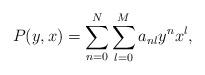
LaTeX: \begin{align*}P(y,x)=\sum^{N}_{n=0}\sum^{M}_{l=0}a_{nl}y^nx^l,\end{align*}